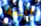
المحطه